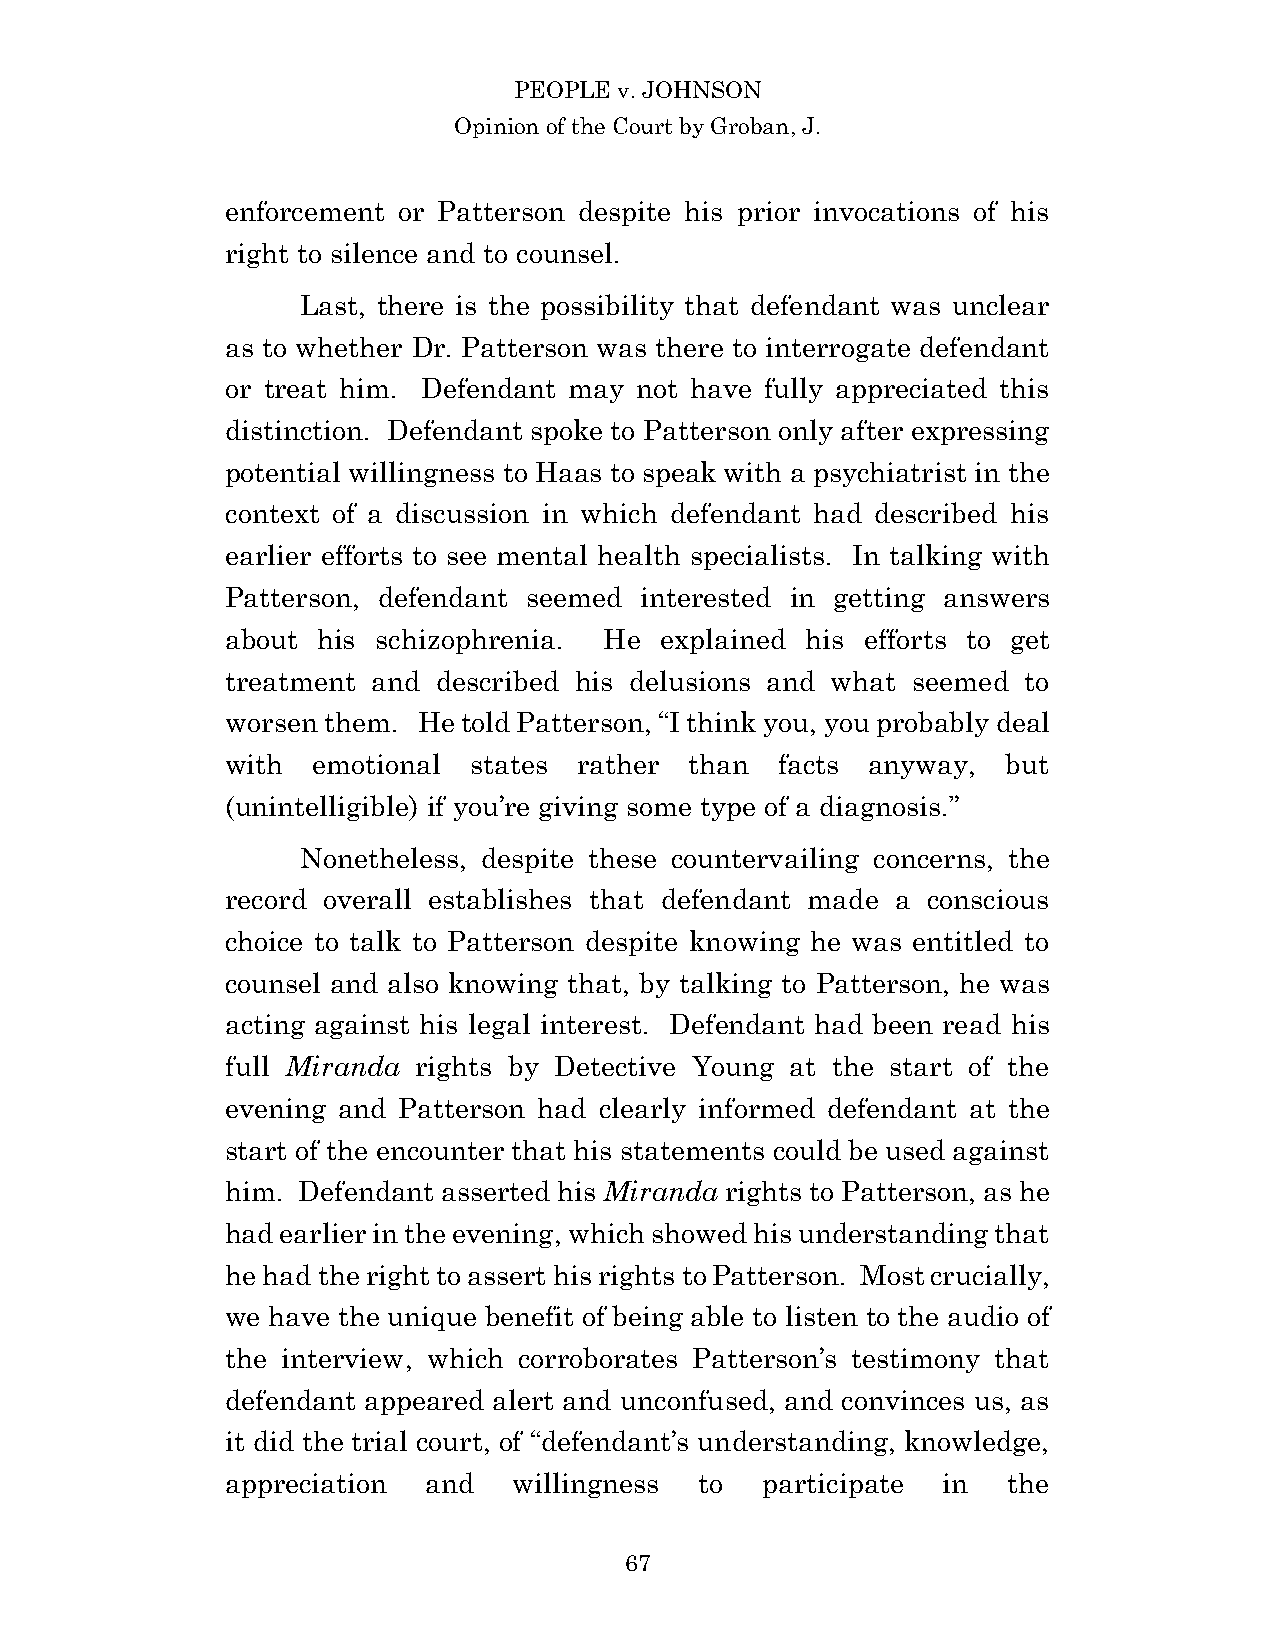
PEOPLE v. JOHNSON
 Opinion of the Court by Groban, J.
 enforcement or Patterson despite his prior invocations of his
 right to silence and to counsel.
 Last, there is the possibility that defendant was unclear
 as to whether Dr. Patterson was there to interrogate defendant
 or treat him. Defendant may not have fully appreciated this
 distinction. Defendant spoke to Patterson only after expressing
 potential willingness to Haas to speak with a psychiatrist in the
 context of a discussion in which defendant had described his
 earlier efforts to see mental health specialists. In talking with
 Patterson, defendant seemed interested in getting answers
 about his schizophrenia. He  explained his efforts to get
 treatment and described his delusions and what seemed to
 worsen them. He told Patterson, “I think you, you probably deal
 with  emotional states rather  than  facts anyway,  but
 (unintelligible) if you’re giving some type of a diagnosis.”
 Nonetheless, despite these countervailing concerns, the
 record overall establishes that defendant made a conscious
 choice to talk to Patterson despite knowing he was entitled to
 counsel and also knowing that, by talking to Patterson, he was
 acting against his legal interest. Defendant had been read his
 full Miranda rights by Detective Young at the start of the
 evening and Patterson had clearly informed defendant at the
 start of the encounter that his statements could be used against
 him. Defendant asserted his Miranda rights to Patterson, as he
 had earlier in the evening, which showed his understanding that
 he had the right to assert his rights to Patterson. Most crucially,
 we have the unique benefit of being able to listen to the audio of
 the interview, which corroborates Patterson’s testimony that
 defendant appeared alert and unconfused, and convinces us, as
 it did the trial court, of “defendant’s understanding, knowledge,
 appreciation and   willingness to  participate in   the
 6 7